King Institute of Preventive Medicine Micro-Biological Section reports 1912-19
Year: 1912
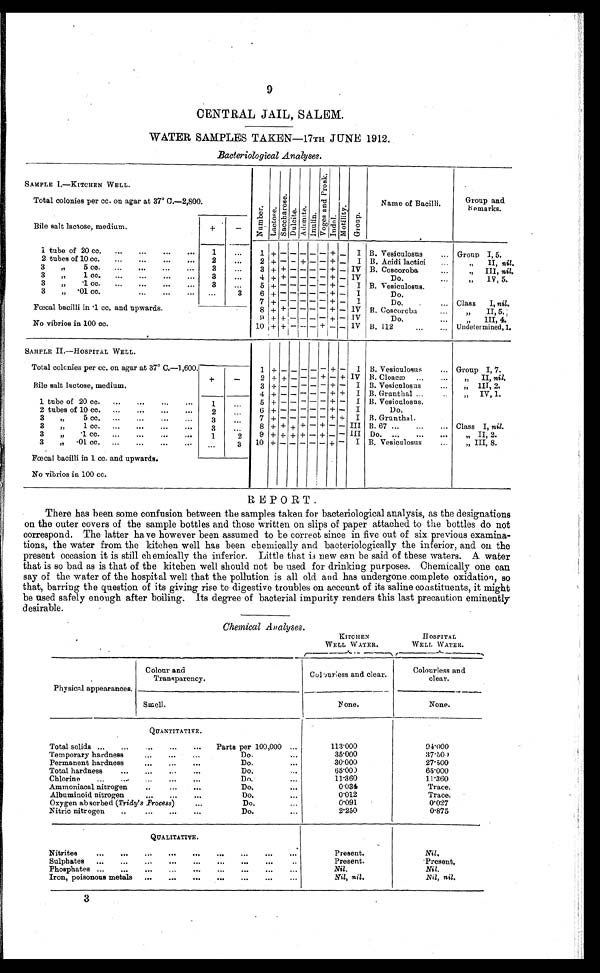
9
ENTRAL JAIL, SALEM.
WATER SAMPLES TAKEN-17TH JUNE 1912.
Bacterioloaical Analyses.
SAMPLE 1.—KITCHEN WELL.
N u m b e r .
L a c t o r e . S a c c h a r o s e . D u l c i t e . A d o n i t e . I n u l i n . V o g e s a n d p r o s k . I m d o l . M o l o t i l i t y . G r o u p .
Total colonies per cc. on agar at 37° C.-2,800.
Name of Bacilli.
Group and
Remarks.
Bile salt lactose, medium.
+
-
1 tube of 20 cc
1
1 + - - - - - + -
I B. Vesiculosus
Group 1,5.
2 tubes of 10 cc.
2
2 + - - + - - + -
I B. Acidi lactici
„ II, nil.
3
„
5 cc.
3
3 + + - - - - + - IV B. Coscoroba
„ III, nil.
3
„
1 cc.
3
4 + + - - - - + - IV
Do.
„ IV, 5.
3
„
·1 cc.
3
2
5 + - - - - - + -
I B. Vesiculosus.
„
3
„
·01 cc.
1
3
6 + - - - - - + - I
Do.
7 + - - - - - + - I
Do.
Class I, nil.
Foecal bacilli in 1 cc. and upwards.
8 + + - - - - + - IV 13. Coscoroba
„ II, 5.
9 + + - - - - + - IV
Do.
„ III, 4.
No vibrios in 100 cc.
1 0
+ + - - - + - - IV B. 112
Undetermined, 1.
SAMPLE II.--HOSPITAL WELL.
Total colcnies per cc. on agar at 37° C.-1.,600.
1 + - - - - - + -
I
B. Vesiculosus
Group I, 7.
Bile salt lactose, medium.
+
-
2 + + - - - + - + IV
B. Cloacec
„ II, nil.
3 + - - - -
- + - I B. Vesiculosus
„ III, 2.
4 + - - - - - + +
I B. Grunthal
„ IV, 1.
1 tube of 20 cc.
1
5 + - - - - - + - I B. Vesiculosus.
2 tubes of 10 cc.
2
6 + - - - - - + - I
Do.
3
„
5 c c .
3
7 + - - - - - + +
I B. Grunthal.
3
„
1 c c .
3
8 + + + + - + - - III B. 67
Class I, nil.
3
„
· 1 c c .
1
2
9 + + + + - + - - III Do.
„ II, 2.
3
„
· 0 1 c c .
3
10 + - - - - - + - I B. Vesiculosus
„ III, 8.
Fcecal bacilli in 1 cc. and upwards.
No vibrios in 100 cc.
REPORT.
There has been some confusion between the samples taken for bacteriological analysis, as the designations
on the outer covers of the sample bottles and those written on slips of paper attached to the bottles do not
correspond. The latter have however been assumed to be correct since in five out of six previous examina
tions, the water from the kitchen well has been chemically and bacteriologically the inferior, and on the
present occasion it is still chemically the inferior. Little that is new can be said of these waters. A water
that is so bad as is that of the kitchen well should not be used for drinking purposes. Chemically one can
say of the water of the hospital well that the pollution is all old and has undergone complete oxidation, so
that, barring the question of its giving rise to digestive troubles on account of its saline constituents, it might
be used safely enough after boiling. Its degree of bacterial impurity renders this last precaution eminently
d e s i r a b l e .
Chemical Analyses.
KITCEN
WELL WATER.
HOSPITAL
WELL WATER.
Physiml appearances.
Colour and
Transparency
Colourless and clear.
Colourless and
clear.
Smell.
None.
None.
QUANTITATIVE.
Total solids
Parts per 100,000
113·000
94·000
Temporary hardnes
Do.
35·000
37·60
Permanent hardnes
Do.
30·000
27·500
Total hardness
Do.
65·000
65·000
Chlorine
Do.
11·360
11·360
Ammoniacal nitrogen
Do.
0·034
Trace.
Albuminoid nitrogen
Do.
0·012
Trace.
Oxygen absorbed (Tridy's Process)
Do.
0·091
0·027
Nitric nitrogen
Do.
2·250
0·875
QUALITATIVE.
Nitrites
Present.
Nil.
Sulphates
Present.
Present.
Phosphates
Nil.
Nil.
Iron, poisonous metals
Nil, nil.
Nil, nil.
3